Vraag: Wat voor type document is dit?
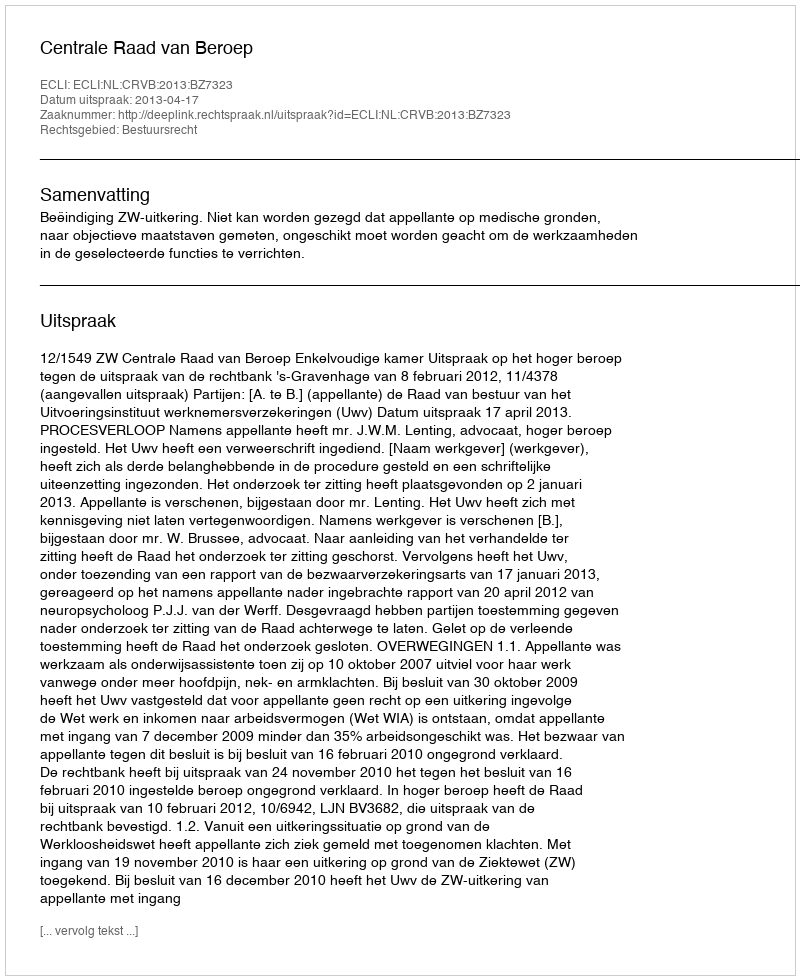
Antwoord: Uitspraak